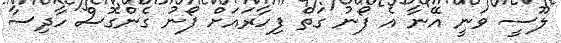
ލޫސީ ވަނީ އޭނާ އެ ފޯނު ގަތް ފިހާރައަށް ފޯނު ގެންގޮސް ހާދިސާ